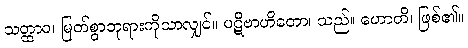
သတ္ထာဝ၊ မြတ်စွာဘုရားကိုသာလျှင်။ ပဋိဗာဟိတော၊ သည်။ ဟောတိ၊ ဖြစ်၏။